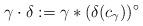
LaTeX: \begin{align*}\gamma \cdot\delta:=\gamma \ast(\delta(c_{\gamma}))^\circ\end{align*}